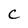
Character: C